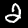
Digit: 2